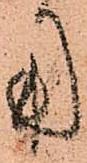
用